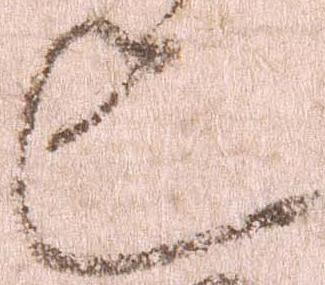
也